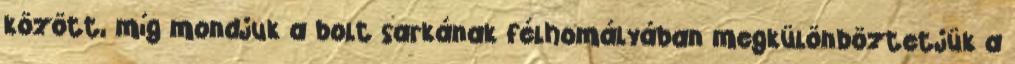
között, míg mondjuk a bolt sarkának félhomályában megkülönböztetjük a